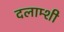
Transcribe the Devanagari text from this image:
दलाम्शी